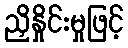
ညှိနှိုင်းမှုဖြင့်